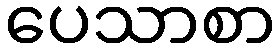
ပေသာစာ